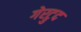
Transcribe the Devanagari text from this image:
गेरट्रुद